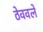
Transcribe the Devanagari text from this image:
ठेववले